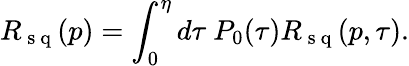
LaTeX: R_{\mathrm{~s~q~}}(p)=\int_{0}^{\eta}d\tau~P_{0}(\tau)R_{\mathrm{~s~q~}}(p,\tau).